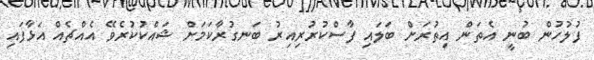
ފުލުހުން ބުނީ އެތަން އިތުރަށް ބަލައި ފާސްކުރުރިއިރު ބަނގުރާކަމަށް ޝައްކުކުރެވޭ އެއްޗެއް އަޅާފައި